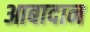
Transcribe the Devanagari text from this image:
आबादान